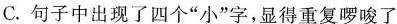
C.句子中出现了四个”小”字，显得重复啰唆了